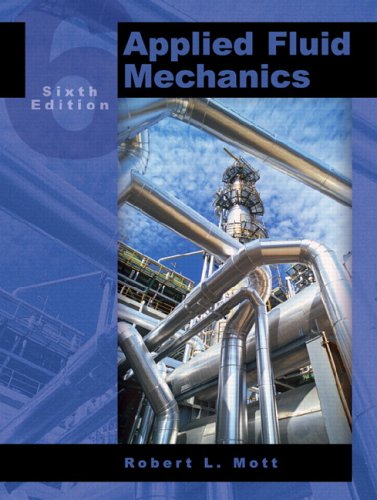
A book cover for Applied Fluid Mechanics (6th Edition); Robert L. Mott; Science & Math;